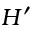
H ^ { \prime }